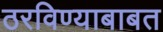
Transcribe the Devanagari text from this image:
ठरविण्याबाबत